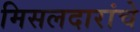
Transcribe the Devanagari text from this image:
मिसलदारांचे